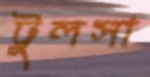
টুলসা